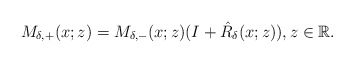
\begin{align*}M_{\delta,+}(x ;z)=M_{\delta,-}(x ;z)(I+ \hat{R}_{\delta}(x;z)), z \in \mathbb{R}.\end{align*}